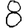
Digit: 8